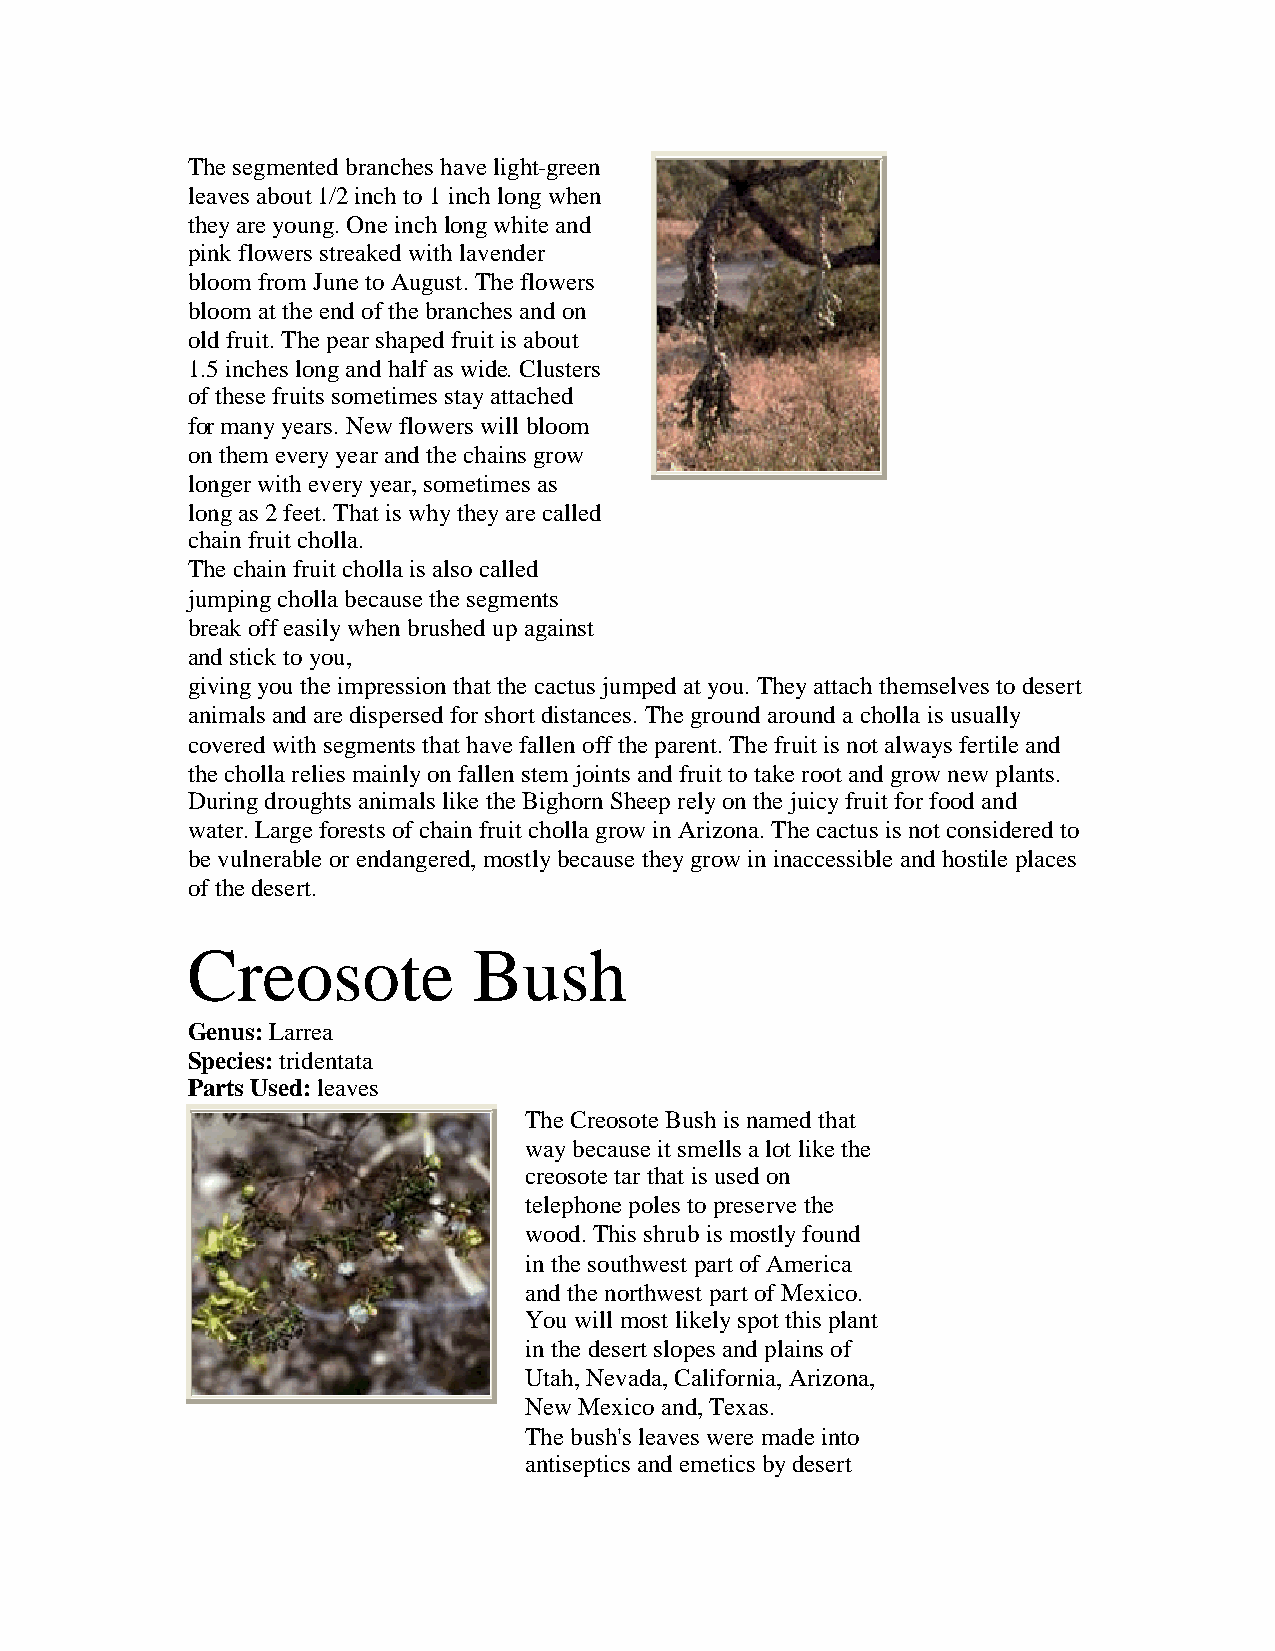
Thesegmentedbranches havelight-green
 leaves about1/2inchto1inchlongwhen
 theyareyoung.Oneinchlongwhiteand
 pinkflowers streakedwithlavender
 bloom from JunetoAugust.Theflowers
 bloom at theendofthebranches andon
 oldfruit.Thepearshapedfruit is about
 1.5inches longandhalfas wide.Clusters
 ofthesefruits sometimes stayattached
 formanyyears. Newflowers will bloom
 onthem everyyearandthechains grow
 longerwitheveryyear,sometimes as
 longas2feet.That is whytheyarecalled
 chainfruit cholla.
 Thechainfruit chollais also called
 jumpingchollabecausethesegments
 breakoffeasilywhenbrushedupagainst
 andsticktoyou,
 givingyoutheimpressionthat thecactus jumpedat you.Theyattachthemselves todesert
 animals andaredispersedforshort distances. Thegroundaroundachollais usually
 coveredwithsegments that havefallenofftheparent.Thefruit is not always fertileand
 thechollarelies mainlyonfallenstem joints andfruit totakeroot andgrownewplants.
 Duringdroughts animals liketheBighornSheeprelyonthejuicyfruit forfoodand
 water.Largeforests ofchainfruit chollagrowinArizona.Thecactus is not consideredto
 bevulnerableorendangered,mostlybecausetheygrowininaccessibleandhostileplaces
 ofthedesert.
 Creosote           Bush
 Genus:Larrea
 Species:tridentata
 Parts Used:leaves
 TheCreosoteBush is namedthat
 waybecauseit smells alot likethe
 creosotetarthat is usedon
 telephonepoles topreservethe
 wood.This shrubis mostlyfound
 inthesouthwest part ofAmerica
 andthenorthwest part ofMexico.
 Youwill most likelyspot this plant
 inthedesert slopes andplains of
 Utah,Nevada,California,Arizona,
 NewMexicoand,Texas.
 Thebush's leaves weremadeinto
 antiseptics andemetics bydesert